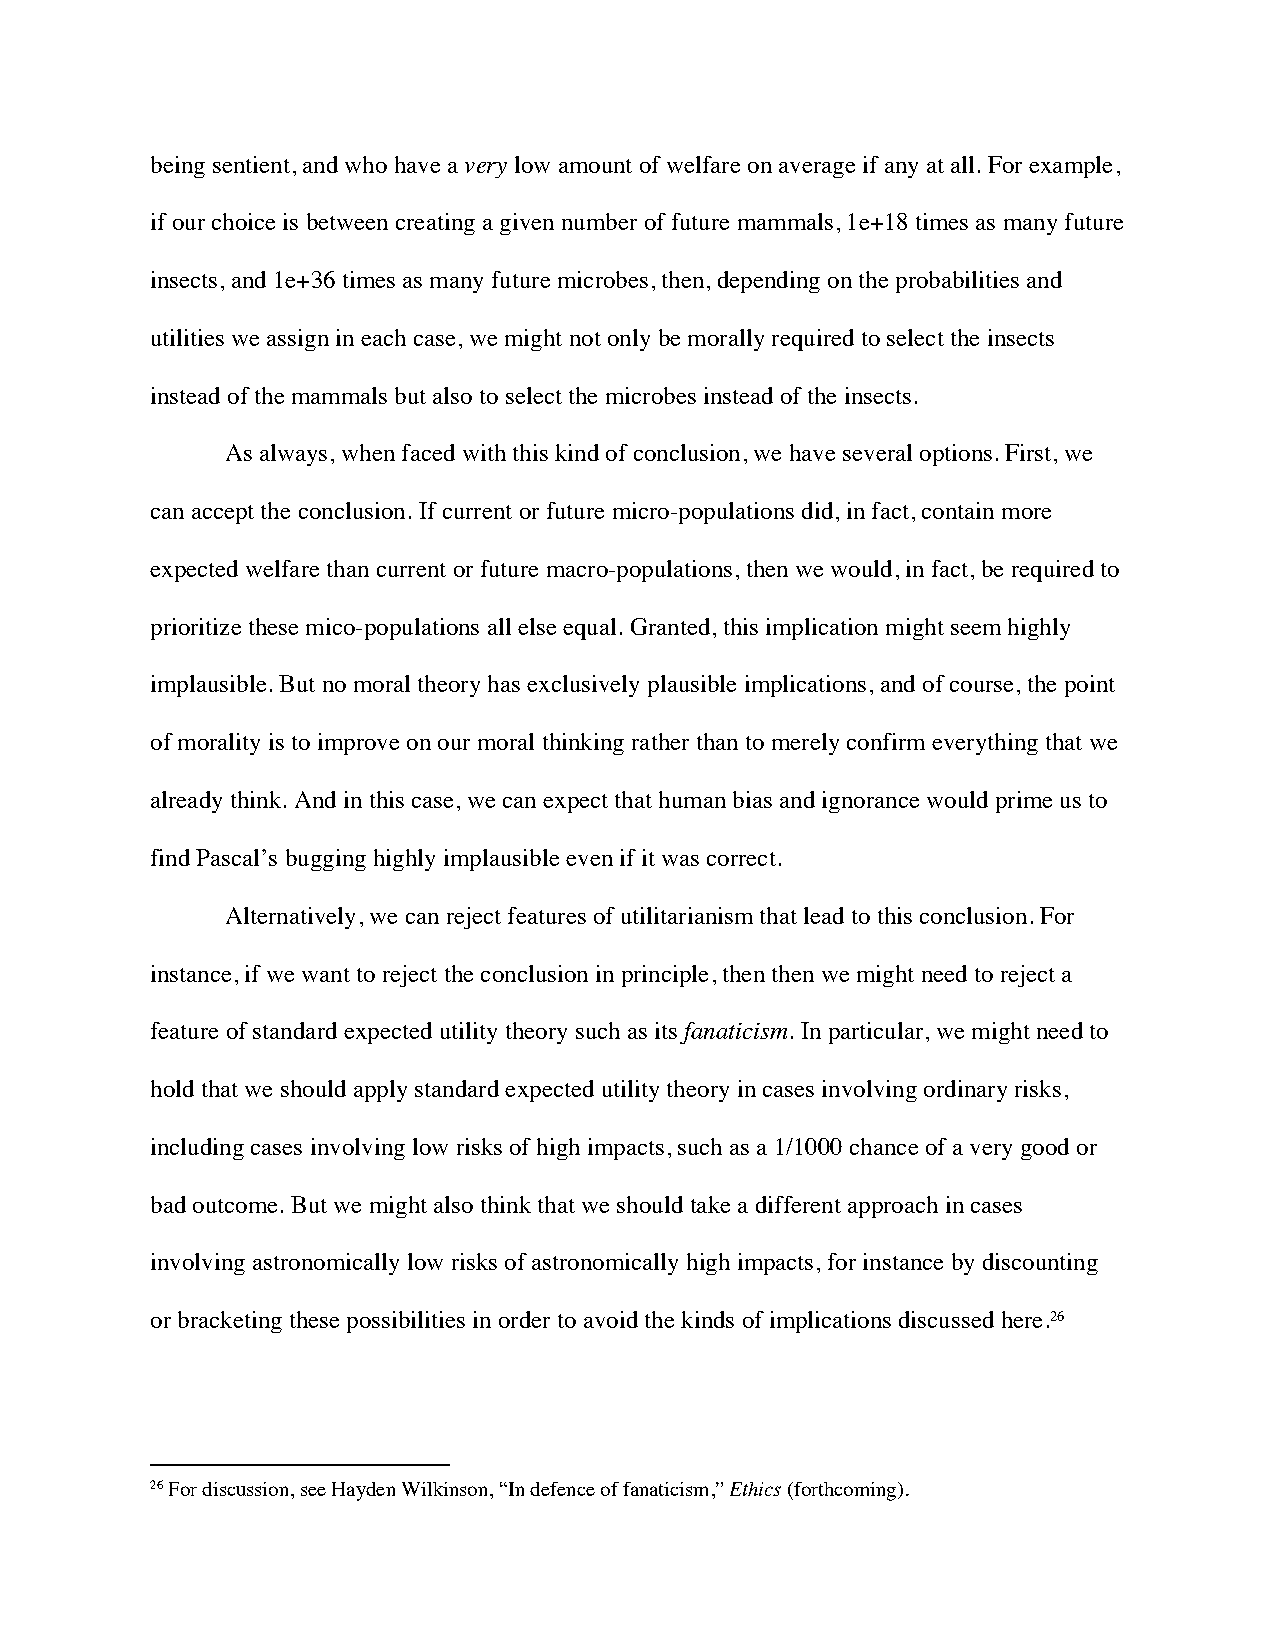
being sentient, and who have a very low amount of welfare on average if any at all. For example,
 if our choice is between creating a given number of future mammals, 1e+18 times as many future
 insects, and 1e+36 times as many future microbes, then, depending on the probabilities and
 utilities we assign in each case, we might not only be morally required to select the insects
 instead of the mammals but also to select the microbes instead of the insects.
 As always, when faced with this kind of conclusion, we have several options. First, we
 can accept the conclusion. If current or future micro-populations did, in fact, contain more
 expected welfare than current or future macro-populations, then we would, in fact, be required to
 prioritize these mico-populations all else equal. Granted, this implication might seem highly
 implausible. But no moral theory has exclusively plausible implications, and of course, the point
 of morality is to improve on our moral thinking rather than to merely confirm everything that we
 already think. And in this case, we can expect that human bias and ignorance would prime us to
 find Pascal’s bugging highly implausible even if it was correct.
 Alternatively, we can reject features of utilitarianism that lead to this conclusion. For
 instance, if we want to reject the conclusion in principle, then then we might need to reject a
 feature of standard expected utility theory such as its fanaticism. In particular, we might need to
 hold that we should apply standard expected utility theory in cases involving ordinary risks,
 including cases involving low risks of high impacts, such as a 1/1000 chance of a very good or
 bad outcome. But we might also think that we should take a different approach in cases
 involving astronomically low risks of astronomically high impacts, for instance by discounting
 or bracketing these possibilities in order to avoid the kinds of implications discussed here.26
 26 For discussion, see Hayden Wilkinson, “In defence of fanaticism,” Ethics (forthcoming).